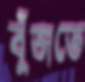
বুঁজতে